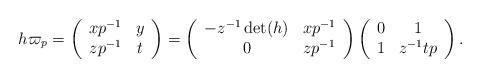
LaTeX: \begin{align*} h\varpi_p = \left(\begin{array}{cc} xp^{-1} & y \\ zp^{-1} & t\end{array} \right) = \left(\begin{array}{cc} -z^{-1}\det(h) & xp^{-1} \\ 0 & zp^{-1}\end{array} \right) \left(\begin{array}{cc} 0 & 1 \\ 1 & z^{-1}tp\end{array} \right).\end{align*}